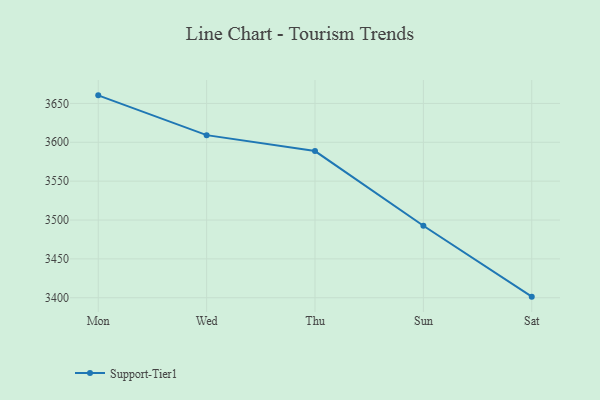
{"axis": {"x": "Day", "y": "Population (Million)"}, "legend": ["Support-Tier1"], "data": [{"x": "Mon", "y": 3660.4, "type": "Support-Tier1"}, {"x": "Wed", "y": 3609.2, "type": "Support-Tier1"}, {"x": "Thu", "y": 3588.7, "type": "Support-Tier1"}, {"x": "Sun", "y": 3492.6, "type": "Support-Tier1"}, {"x": "Sat", "y": 3401.4, "type": "Support-Tier1"}]}